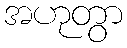
အဟုတွာ